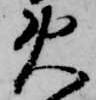
火